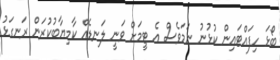
ބޯޅަ ހިފައްޓައިން ކުޅުނު ނަމަވެސް އެ ޓީމަށް ވަނީ ލަނޑެއް ކާމިޔާބުކުރަން ރަނގަޅު